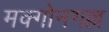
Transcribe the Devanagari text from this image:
मक्गोनगल्ल